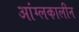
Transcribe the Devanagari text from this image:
आंग्लकालीन